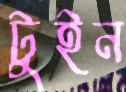
টুইন